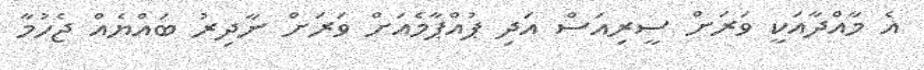
އެ މާއްދާއަކީ ވަރަށް ސީރިއަސް އަދި ޕުއްޕާމެއަށް ވަރަށް ނާދިރު ބައްޔެއް ޖެހުމާ